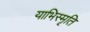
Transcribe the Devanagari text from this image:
याभिस्मृति